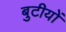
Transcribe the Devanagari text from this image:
बुटीयों